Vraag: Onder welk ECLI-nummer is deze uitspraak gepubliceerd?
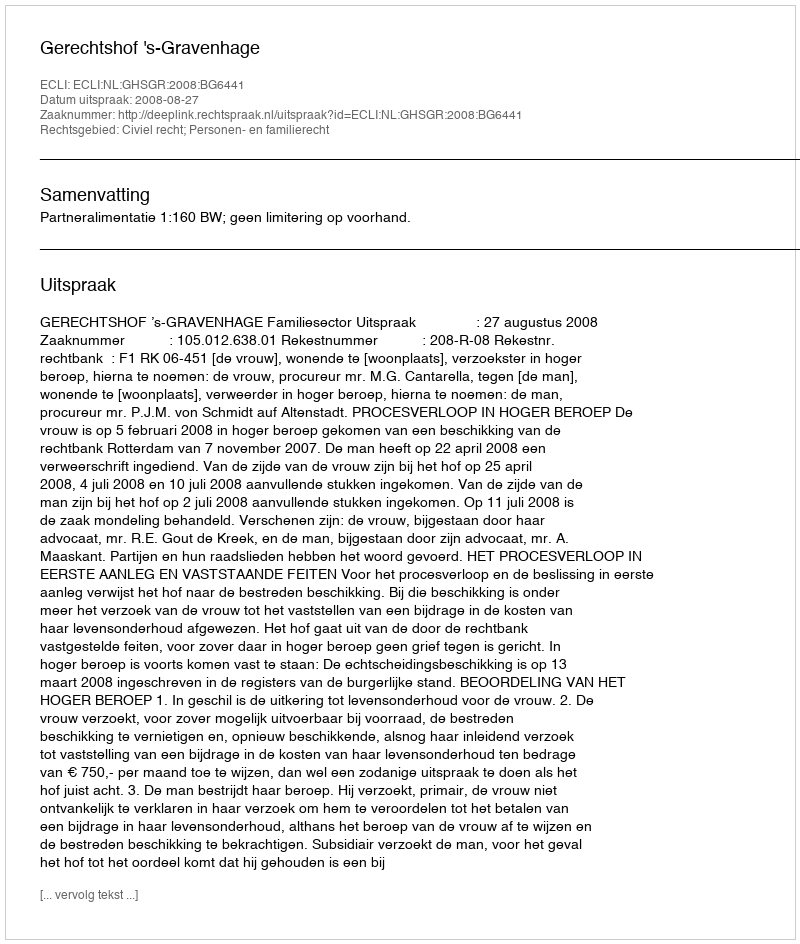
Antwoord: ECLI:NL:GHSGR:2008:BG6441